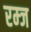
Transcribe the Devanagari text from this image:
रम्ज